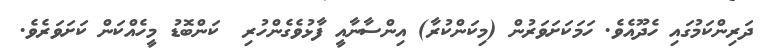
ދަރިންކަމުގައި ހެދޫއެވެ. ހަމަކަށަވަރުން (މިކަންކުރާ) އިންސާނާާއީ ފާޅުވެގެންހުރި  ކަންބޮޑު މީހެއްކަން ކަށަވަރެވެ.